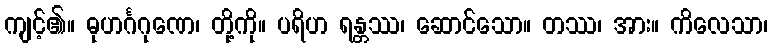
ကျင့်၏။ ဓုဟင်္ဂဂုဏေ၊ တို့ကို။ ပရိဟ ရန္တဿ၊ ဆောင်သော။ တဿ၊ အား။ ကိလေသာ၊